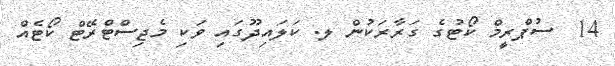
14  ސުޕްރީމް ކޯޓުގެ ގަރާރަކުން ލ. ކަލައިދޫގައި ވަކި މެޖިސްޓްރޭޓް ކޯޓެއް